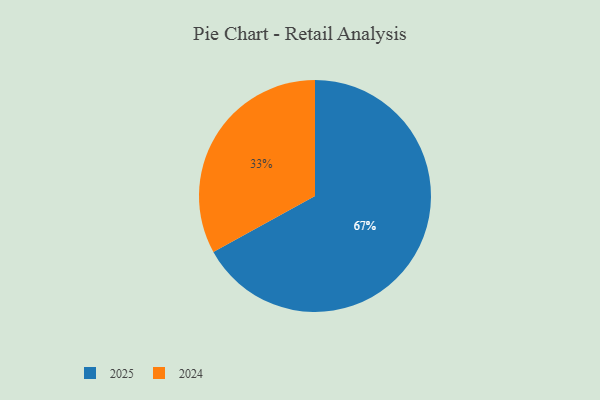
{"axis": {"x": "Category", "y": "Percentage"}, "legend": ["2024", "2025"], "data": [{"x": "2025", "y": 67, "type": "2025"}, {"x": "2024", "y": 33, "type": "2024"}]}